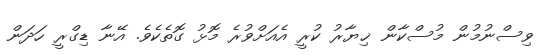
ވިސްނުމުން މުސްކާން ޚިޔާރު ކުރީ އެއަށްވުރެ މޮޅު ގޮތެކެވެ. އޭނާ ޑިގްރީ ހަދަން